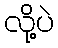
လို့ပဲ